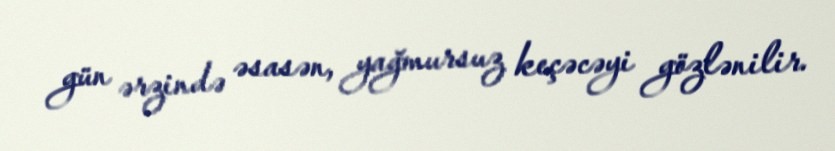
gün ərzində əsasən, yağmursuz keçəcəyi gözlənilir.